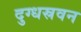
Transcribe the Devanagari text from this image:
दुग्धस्रवन